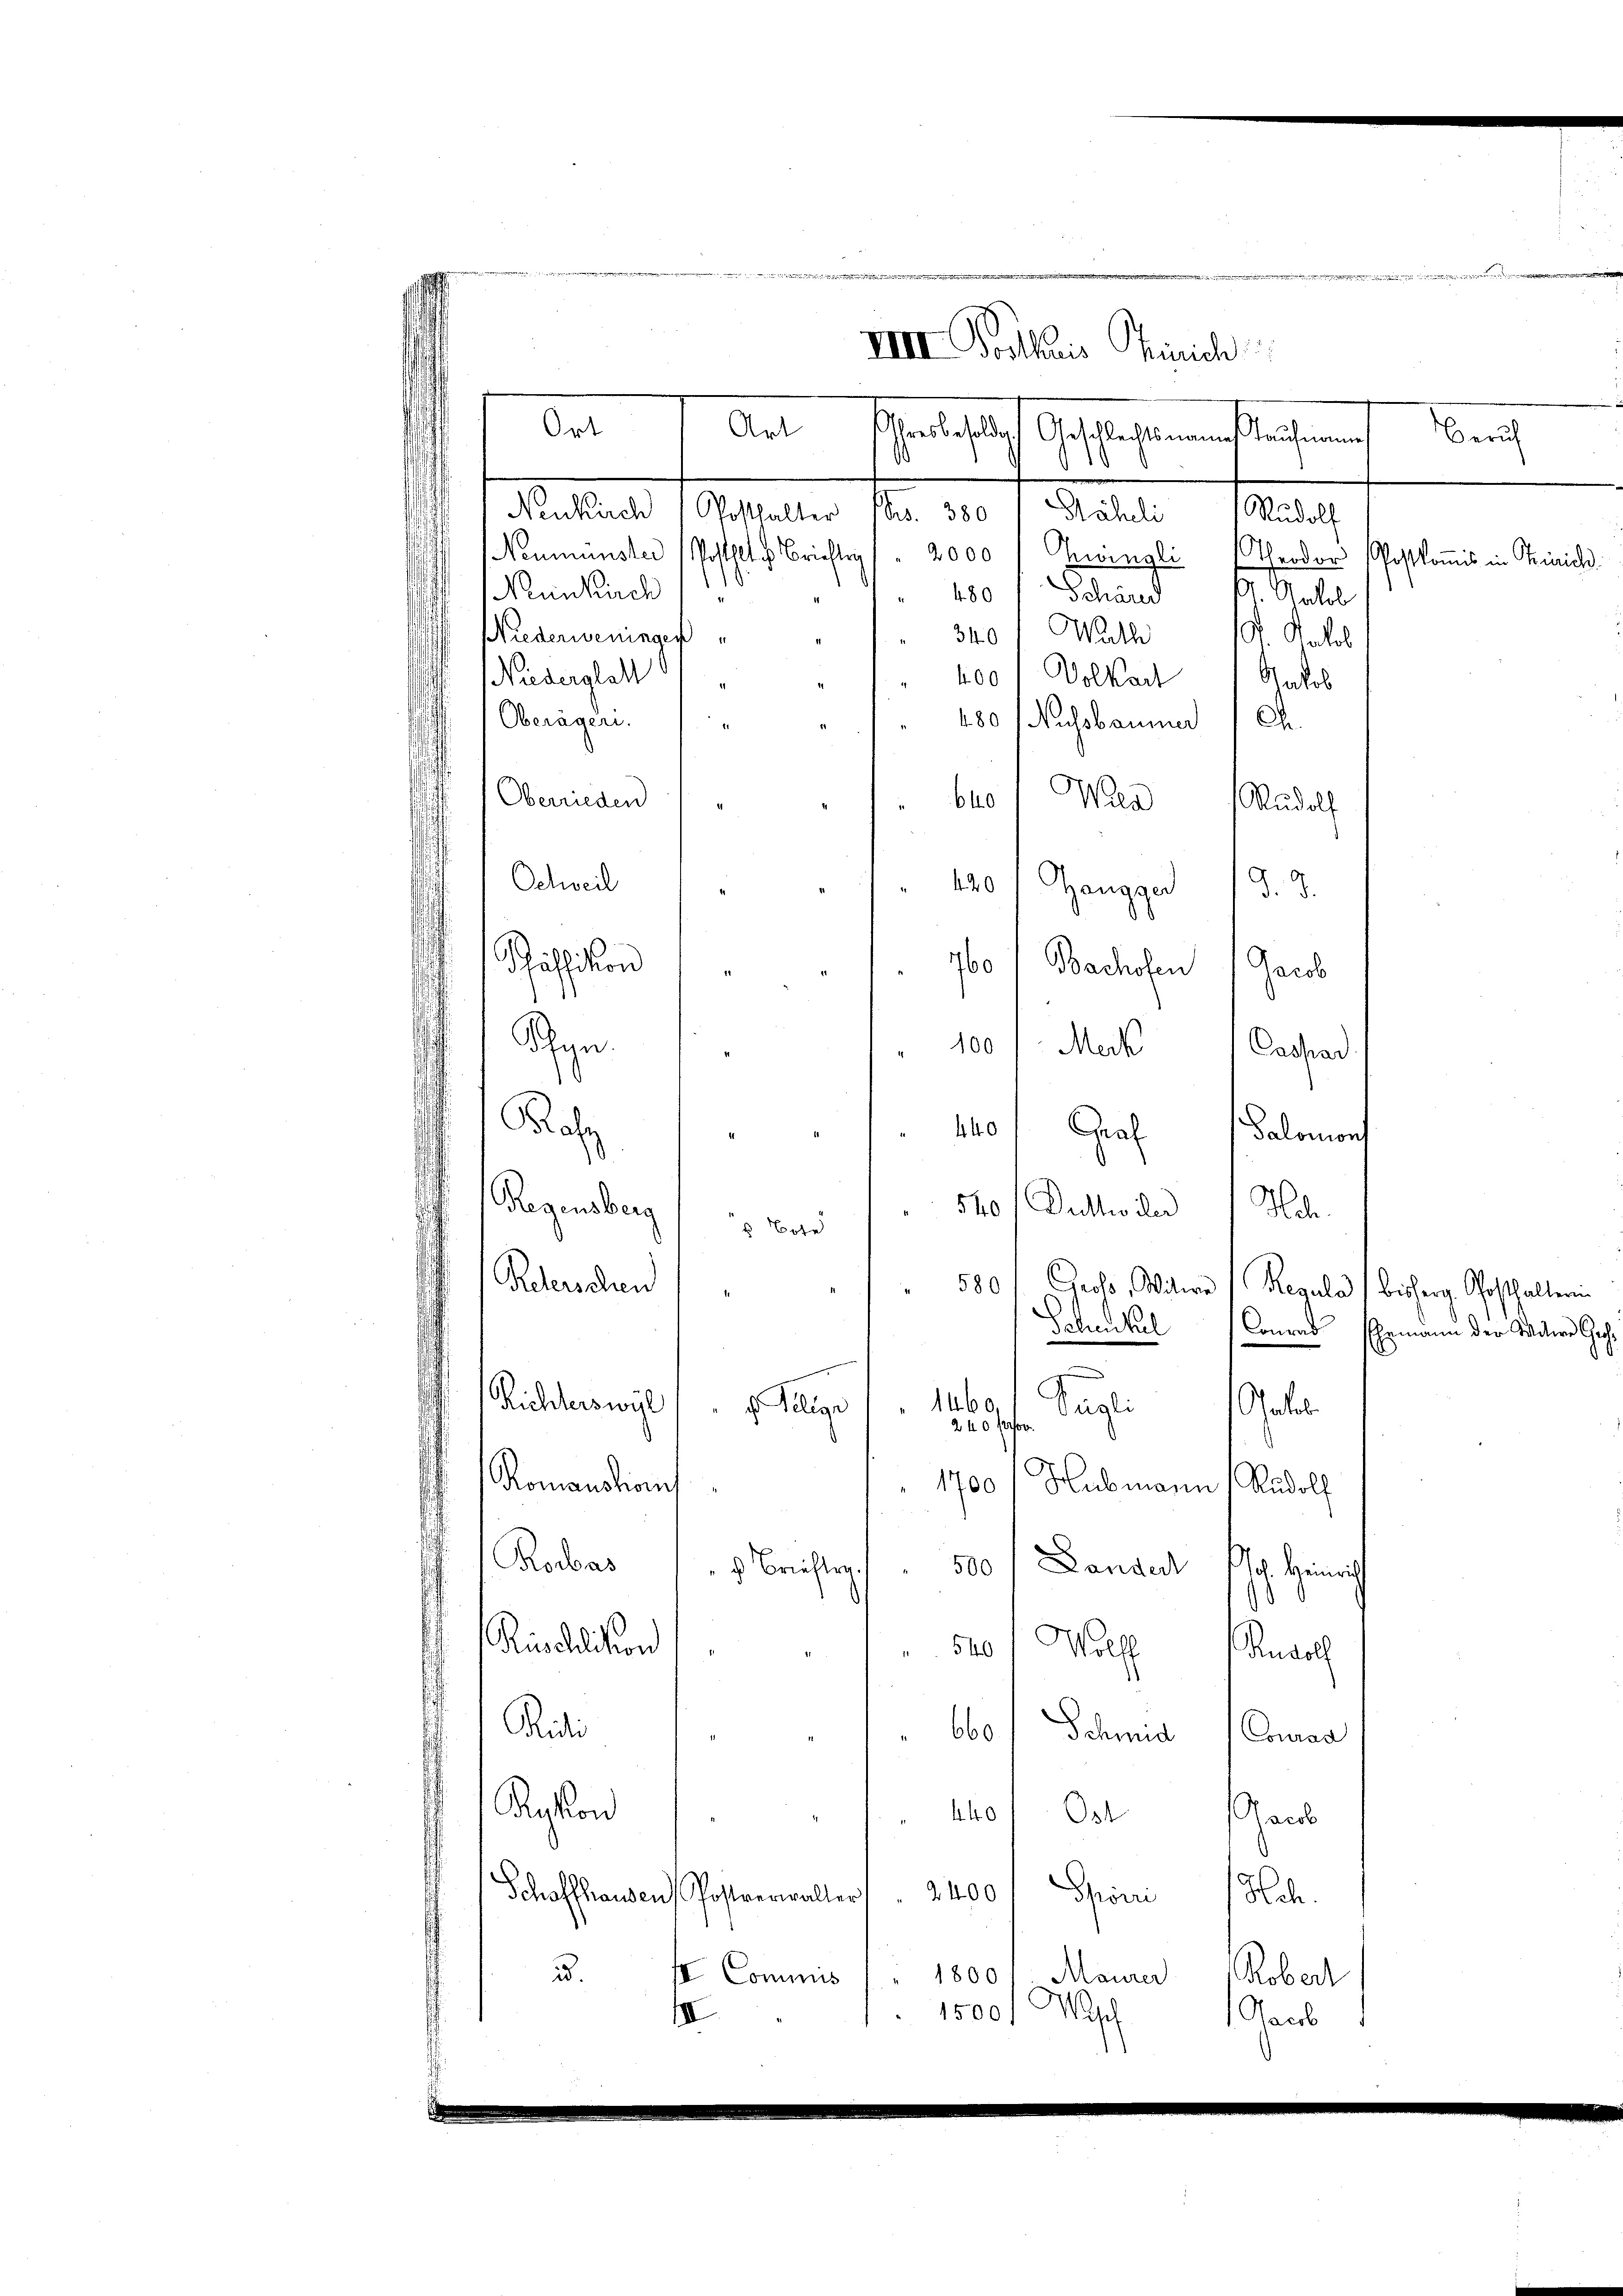
¬

Neukirch / Posthalter (S. 380 1 Päheli 1 Rŭdolf
Neumünster (Posthalte Briefte / 2000 Gewingli (Theodor Postkomis in Trinich
(Neunkirch
 480 Schärd 11. Natob
340 Wath
Wiederweningen
G. Rostol
.
100) Volkart
Galos
Niederglatt
Oberägeri. "
480 (Nussbaumer Ch
Oberrieden
bro) Wien Rudolf
Schweil
120f Zangger
d. d.
häsion
760/ Bachofen Jacob
Age
100/ Meck Cassad
Bolz
110 Graf Salomons
Regensberg
540/ Duttwiler  Hch.
5 Bote
Reterschen
580. Gros, Mitwe (Regula, bisher Posthalterin
Scheutel Conrad Ehemann der Mitere Giche
Richterswyl
1460,
Segli aber
c. Gligi
240 Persor
Romanation
1700 / Hubmann Rudolf
Rorbas
500 (Lander Hs. Heinrich
" Brieftry.
d
Ricalision
520 f Wolff Rudol
Ridi
660 f. Schmid (Coman
Rykon
dhof Ost Jacob
Schaffhausen Postverwalter " " 2400 Spörri / Hch.
u.
se Commis /" 1800 f. Maurer Robert
1500f Wasch
III
Gac

einschen in den der
VIII Postkuis Zürich

Ort. 1 Art schriftlich Gottechenanstrafe nach

eien

Beruf